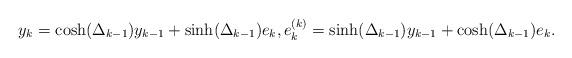
LaTeX: \begin{align*} y_{k} = \cosh(\Delta_{k-1}) y_{k-1} + \sinh(\Delta_{k-1}) e_{k}, e_k^{(k)} = \sinh(\Delta_{k-1}) y_{k-1} + \cosh(\Delta_{k-1}) e_{k}.\end{align*}